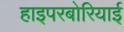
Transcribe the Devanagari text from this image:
हाइपरबोरियाई